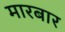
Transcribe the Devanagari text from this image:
मारबार